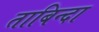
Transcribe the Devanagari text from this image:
ताबिन्दा